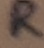
Text: R